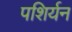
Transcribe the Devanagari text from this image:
पशिर्यन